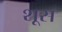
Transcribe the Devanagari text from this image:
शूस